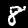
Label: 8